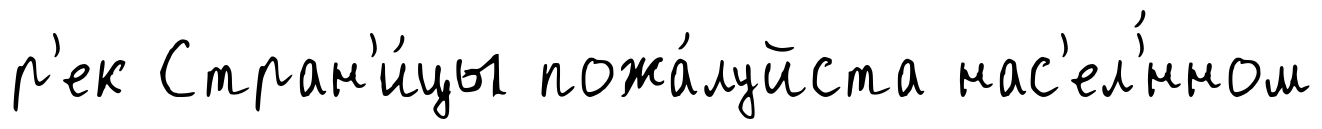
р'ек Стран'и́цы пожа́луйста нас'ел'́нном